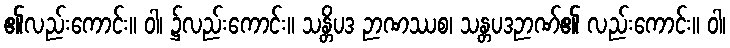
၏လည်းကောင်း။ ဝါ၊ ၌လည်းကောင်း။ သန္တိပဒ ဉာဏဿစ၊ သန္တပဒဉာဏ်၏ လည်းကောင်း။ ဝါ၊